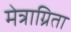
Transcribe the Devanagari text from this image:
मेत्राग्रिता